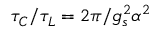
\tau _ { C } / \tau _ { L } = 2 \pi / g _ { s } ^ { 2 } \alpha ^ { 2 }